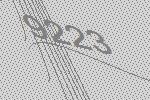
9223